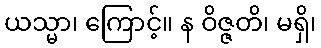
ယသ္မာ၊ ကြောင့်။ န ဝိဇ္ဇတိ၊ မရှိ၊